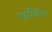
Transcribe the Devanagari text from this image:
पलिना